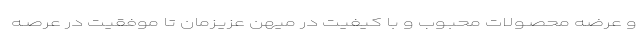
و عرضه محصـولات محبـوب و با کیفیت در میهن عزیـزمان تا موفقیت در عرصـه